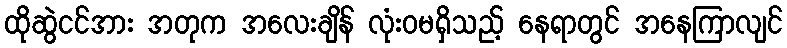
ထိုဆွဲငင်အား အတုက အလေးချိန် လုံးဝမရှိသည့် နေရာတွင် အနေကြာလျင်